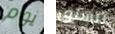
يوم تتسلق